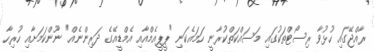
ރާއްޖޭގައި ހުޅުވާ ރިސޯޓްތަކުގައި މަސައްކަތްކުރާނީ ހަަމައެކަނި "ޕީޕީއެމްއާއި އެމްޑީއޭގެ ދަރިންނެއް" ނޫންކަމަށާއި ހުރިހާ